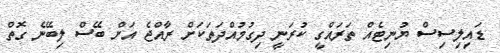
ޑައިލިސިސް ޔުނިޓެއް ތަރައްގީ ކުރަނީ ދިގުމުއްދަތަކަށް ރާއްޖެ އަށް ބޭސް ލިބޭނެ ގޮތް